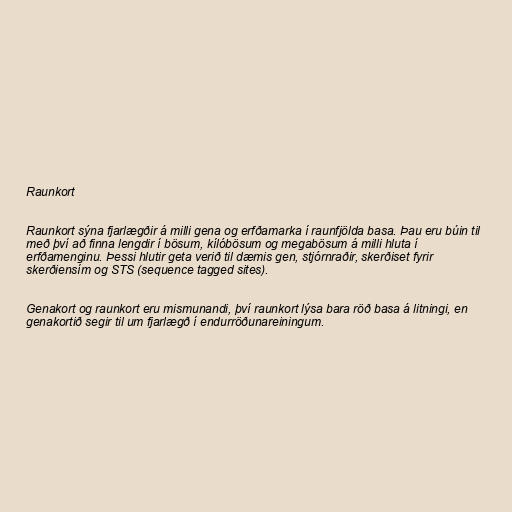
Raunkort

Raunkort sýna fjarlægðir á milli gena og erfðamarka í raunfjölda basa. Þau eru búin til
með því að finna lengdir í bösum, kílóbösum og megabösum á milli hluta í
erfðamenginu. Þessi hlutir geta verið til dæmis gen, stjórnraðir, skerðiset fyrir
skerðiensím og STS (sequence tagged sites).

Genakort og raunkort eru mismunandi, því raunkort lýsa bara röð basa á litningi, en
genakortið segir til um fjarlægð í endurröðunareiningum.